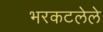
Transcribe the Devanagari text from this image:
भरकटलेले